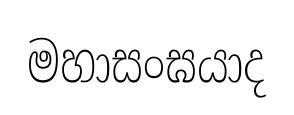
මහාසංඝයාද